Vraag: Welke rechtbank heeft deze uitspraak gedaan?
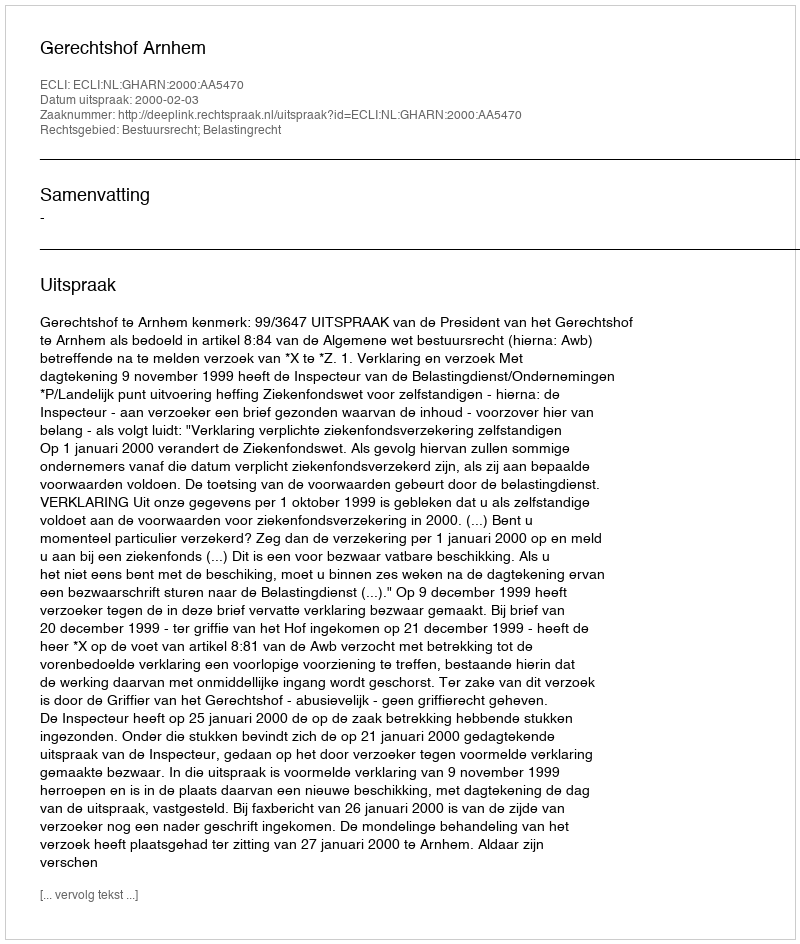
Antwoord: Gerechtshof Arnhem